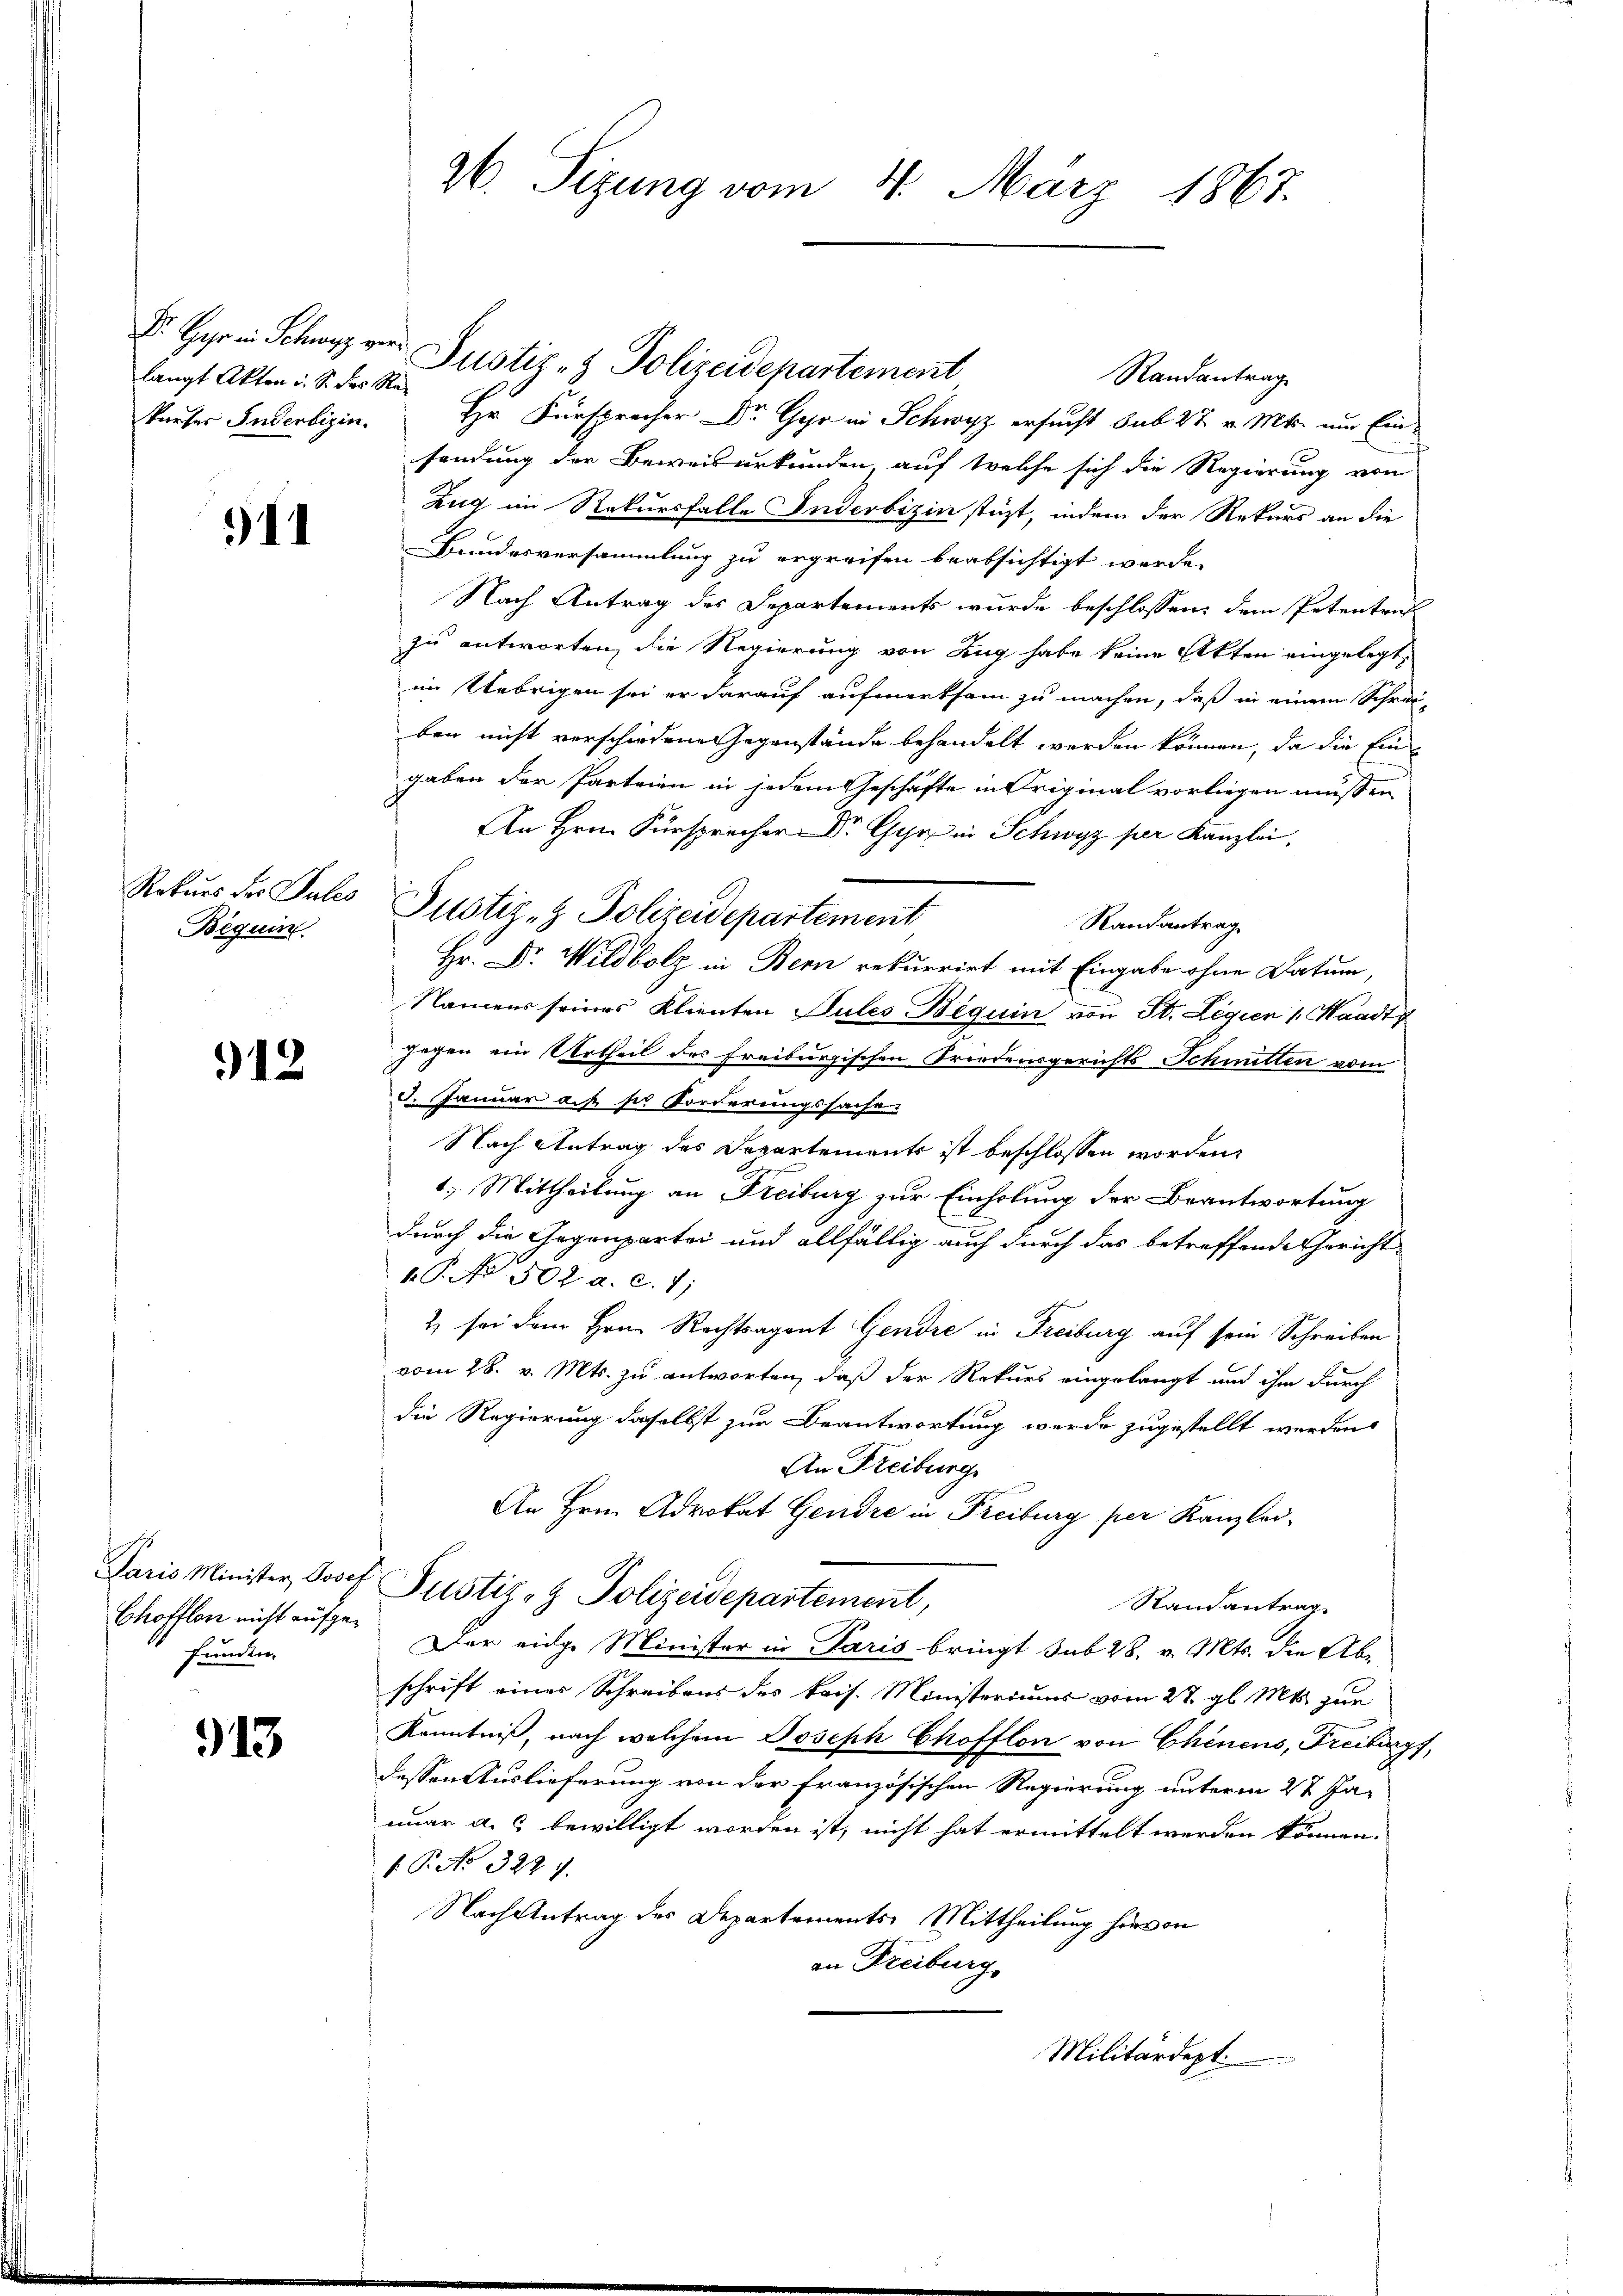
langt Akten i. S. des Rekurses Inderbizin.

)11

Rekurs der Pules
Beguin

912

Paris Minister Josep
Chofflon nicht aufgefunden.

913

26. Sizung vom 4. März 1867.

Fr. Gyr in Schwyz von Justiz- & Polizeidepartement
Randantrag
Hr. Fürsprecher Dr. Gyr in Schwyz ersucht sub 27. v. Mts. um Einsendung der Beweisurkunden, auf welche sich die Regierung von
Zug im Rekursfalle Inderbizin stüzt, indem der Rekurs an die
Bundesversammlung zu ergreifen beabsichtigt werde.
Nach Antrag des Departements wurde beschlossen, dem Petentrich
zu antworten, die Regierung von Zug habe keine Akten eingelegt,
im Uebrigen sei er darauf aufmerksam zu machen, daß in einem Schreiben nicht verschiedene Gegenstände behandelt werden können, da die Eingaben der Parteien in jedem Geschäfte in Original vorliegen müssen
An Hrn. Fürsprecher Dr. Gyr in Schwyz per Kanzlei,
Randantrag
Hr. Dr. Wildbolz in Bern rekurrirt mit Eingabe ohne Datum,
Namens seines Klienten Pules Beguin von St. Legien 1. Waadt
gegen ein Urtheil des Freiburgischen Friedensgerichts Schmitten vom
. Januar auf sie Forderungssachen
Nach Antrag des Departements ist beschlossen worden.
1) Mittheilung an Freiburg zur Einholung der Beantwortung
durch die Gegenpartei und allfällig auch durch das betreffende Gericht
.P. No 502. a. c. 1;
2 sei dem Hrn. Rechtsagent Gendre in Freiburg auf sein Schreiben
vom 28. v. Mts. zu antworten, daß der Rekurs eingelangt und ihm durch
die Regierung daselbst zur Beantwortung werde zugestellt werden
An Freiburg
An Hrn. Advokat Gendre in Freiburg per Kanzleit Justiz- & Polizeidepartement,
Randantrag.
Der einge Minister in Paris bringt sub 28. v. Mts. die Abschrift einer Schreibens des kais. Ministeriums vom 27. gl. Mts. zur
Kenntniß, nach welchem Joseph Chofflon von Chenens, Freiburgf
dessen Auslieferung von der französischen Regierung unterm 27 Ja-
nuar a. s bewilligt worden ist, nicht hat ermittelt werden können.
1 No 3227.
Nach Antrag des Departements Mittheilung hievon
an Freiburg
Militärdept.

Justiz- & Polizeidepartement